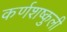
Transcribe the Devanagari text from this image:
कर्णशष्कुली